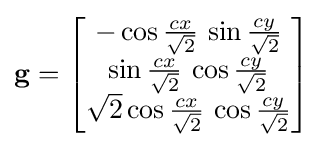
\mathbf {g} ={\begin{bmatrix}-\cos {\frac {cx}{\sqrt {2}}}\,\sin {\frac {cy}{\sqrt {2}}}\\\sin {\frac {cx}{\sqrt {2}}}\,\cos {\frac {cy}{\sqrt {2}}}\\{\sqrt {2}}\cos {\frac {cx}{\sqrt {2}}}\,\cos {\frac {cy}{\sqrt {2}}}\end{bmatrix}}